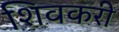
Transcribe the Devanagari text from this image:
शिवकरी